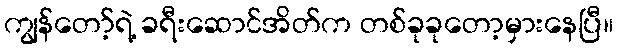
ကျွန်တော့်ရဲ့ ခရီးဆောင်အိတ်က တစ်ခုခုတော့မှားနေပြီ။